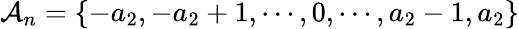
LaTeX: \mathcal{A}_{n}=\{ -a_{2},-a_{2}+1,\cdots,0,\cdots,a_{2}-1,a_{2}\}